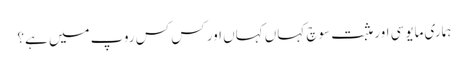
ہماری مایوسی اور مثبت سوچ کہاں کہاں اور کس کس روپ میں ہے؟